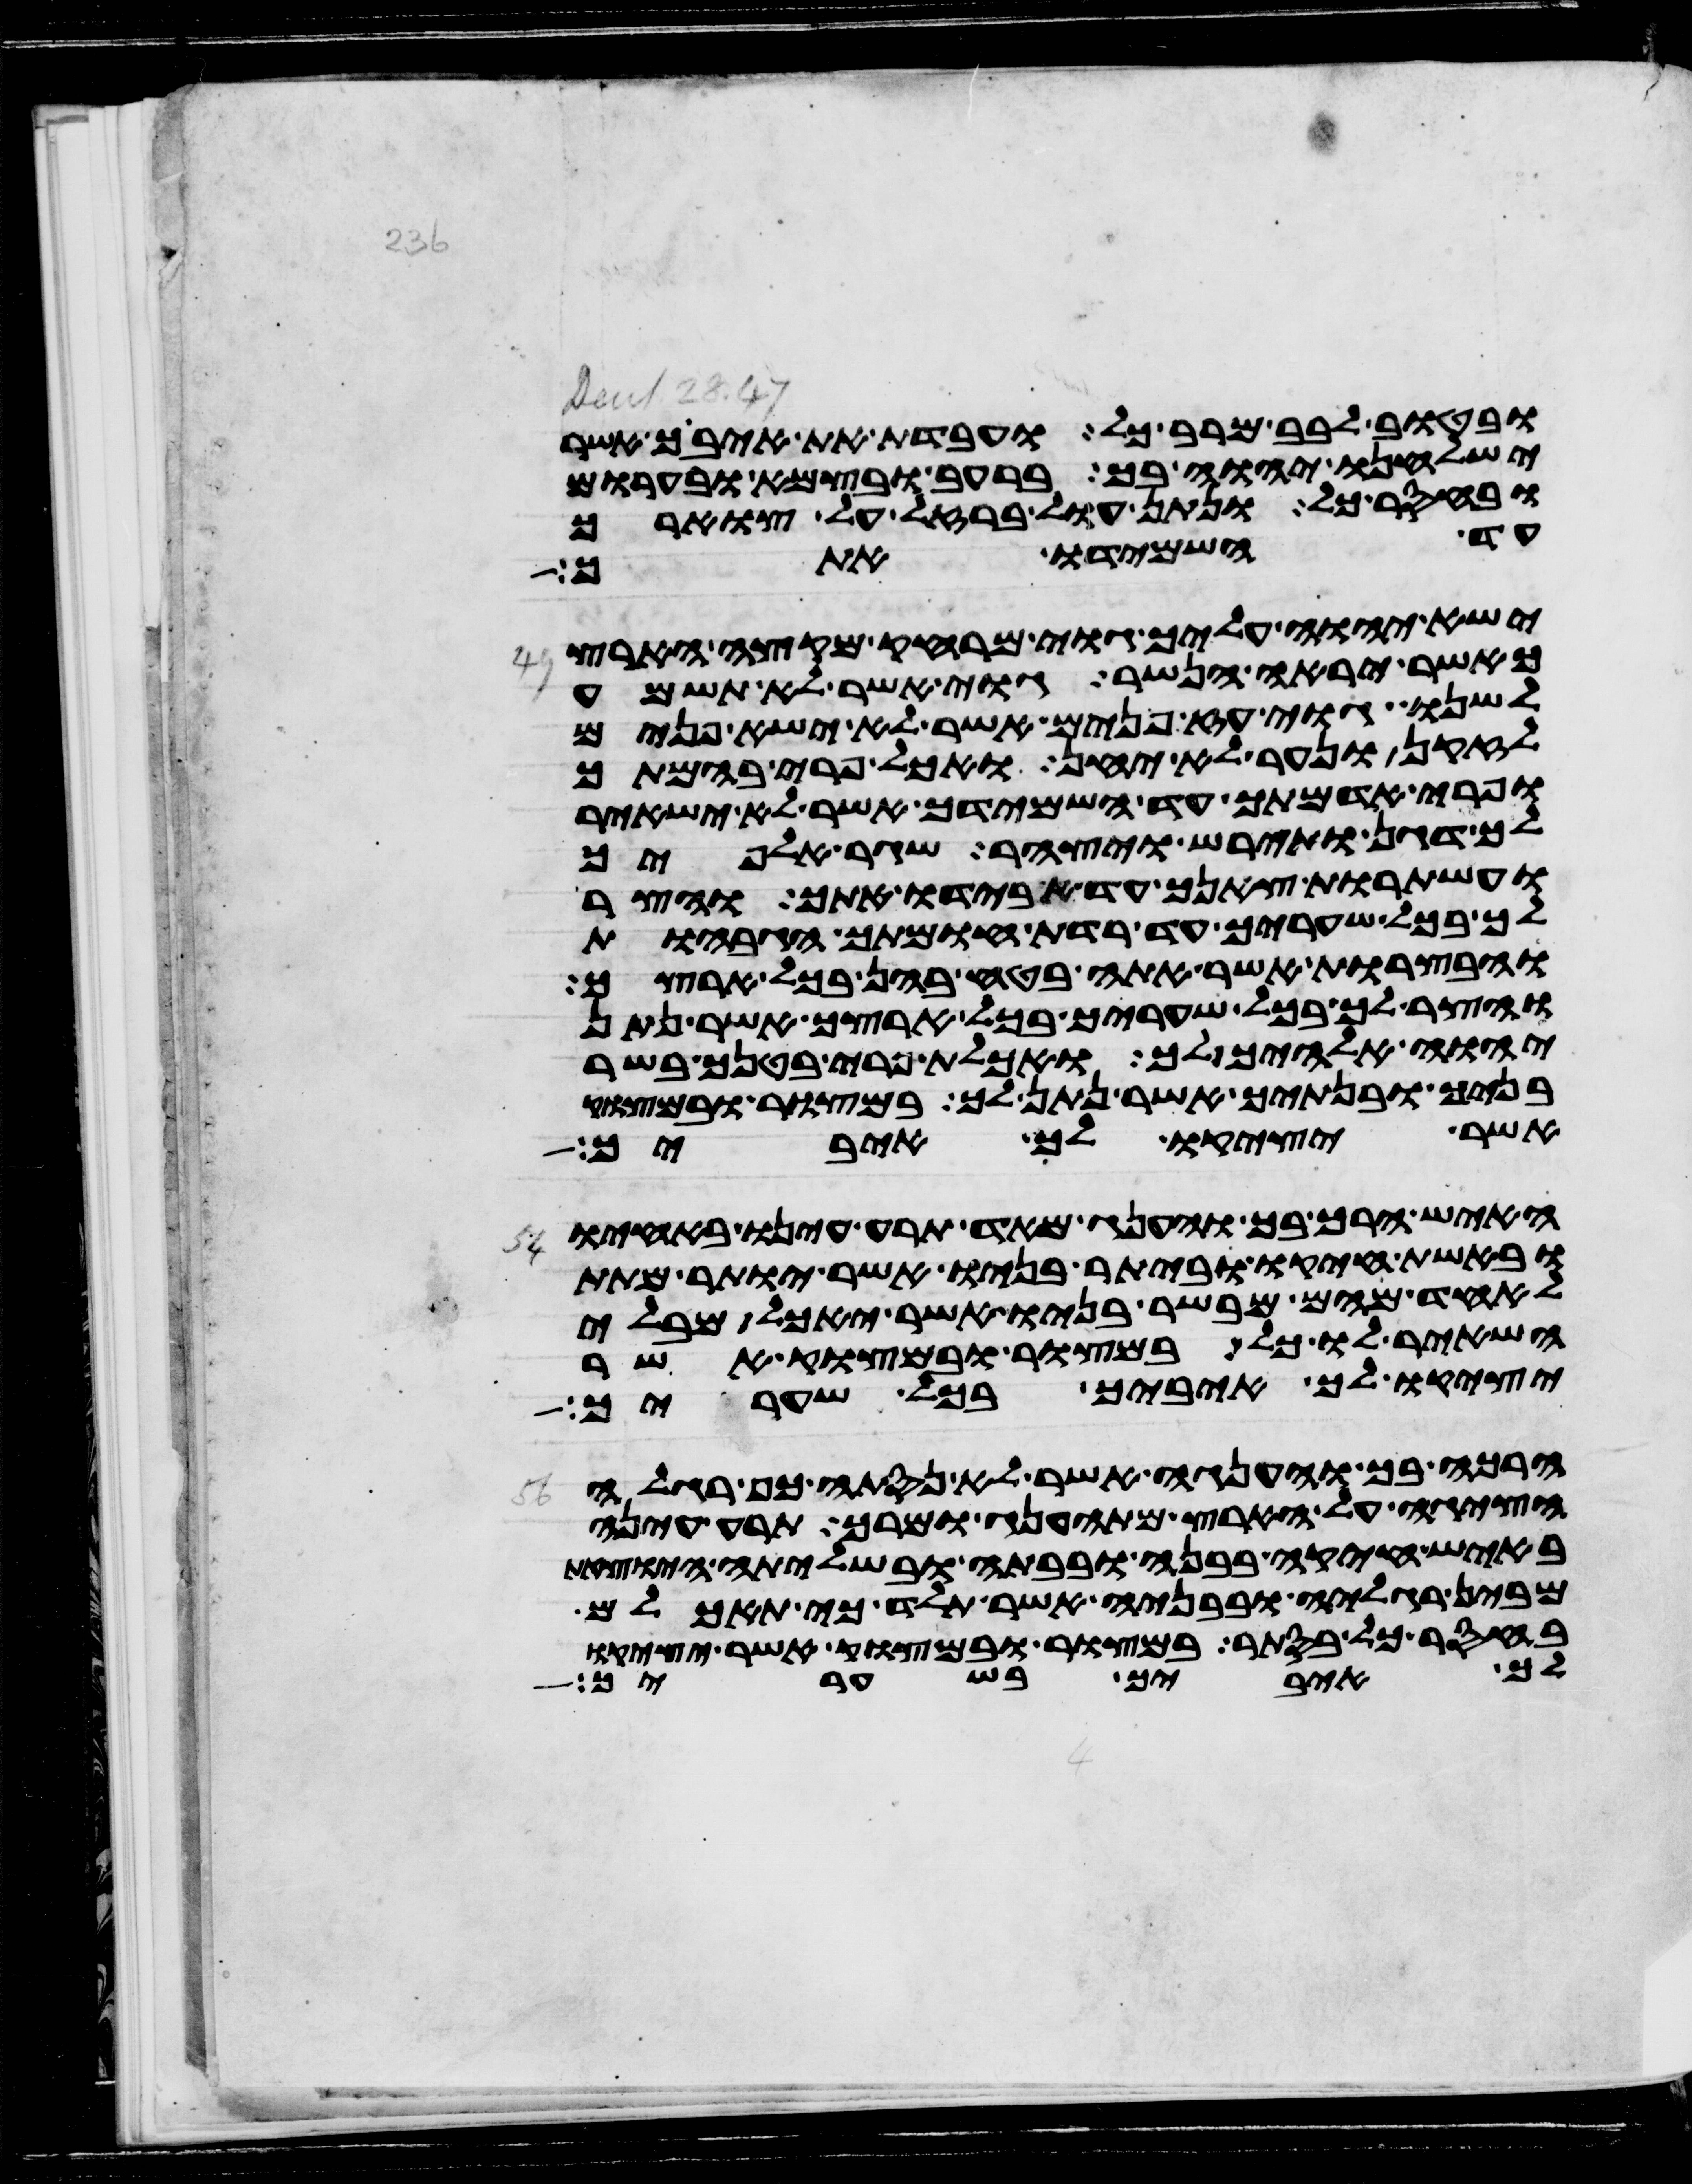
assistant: ובטוב לבב מרב כל ועבדת את איביך אשר
ישלחנו יהוה בך ברעב ובצמא ובערום
ובחסר כל ונתן עול ברזל על צוארך
עד השמידו אתך
ישא יהוה עליך גוי מרחק מקצה הארץ
כאשר יראה הנשר גוי אשר לא תשמע
לשנו גוי עז פנים אשר לא ישא פנים
לזקן ונער לא יחן ואכל פרי בהמתך
ופרי אדמתך עד השמידך אשר לא ישאיר
לך דגן ותירש ויצהר שגר אלפיך
ועשתרות צאנך עד אבידו אתך והצר
לך בכל שעריך עד רדת חומתך הגבחות
והבצרות אשר אתה בטח בהן בכל ארצך
והצר לך בכל שעריך בכל ארצך אשר נתן
יהוה אלהיך לך ואכלת פרי בטנך בשר
בניך ובנתיך אשר נתן לך במצור ובמצוק
אשר יציקו לך איביך
האיש הרך בך והענג מאד תרע עינו באחיו
ובאשת חיקו וביתר בניו אשר יותר מתת
לאחד מהם מבשר בניו אשר יאכל מבלי
השאיר לו כל במצור ובמצוק אשר
יציק לך איביך בכל שעריך
הרכה בך והענגה אשר לא נסתה כף רגלה
הציגה על הארץ מהתענג ומרך תרע עינה
באיש חיקה בבנה ובבתה ובשלתה היצאת
מבין רגליה ובבניה אשר תלד כי תאכלם
בחסר כל בסתר במצור ובמצוק אשר יציקו
לך איביך בשעריך